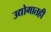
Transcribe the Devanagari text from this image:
उद्योगातही